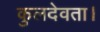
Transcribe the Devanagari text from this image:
कुलदेवता।